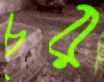
চূর